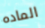
الماده